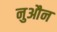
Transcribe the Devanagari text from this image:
नुऔन